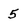
Character: 5